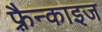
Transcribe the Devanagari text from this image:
फ़्रैन्काइज